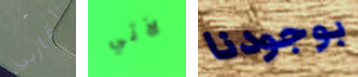
أقاربي لآتي بوجودنا